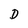
Character: D